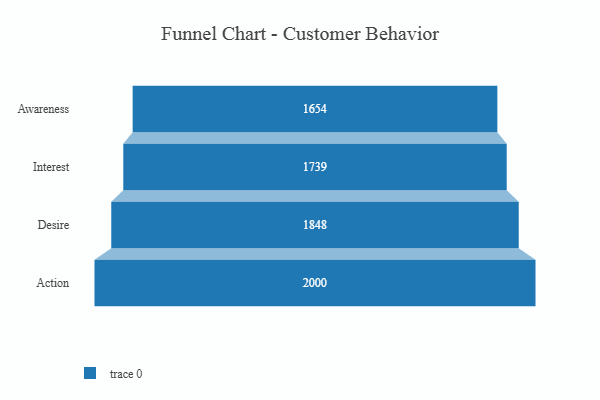
{"axis": {"x": "Stage", "y": "Value"}, "legend": [""], "data": [{"x": "Awareness", "y": 1654.0, "type": ""}, {"x": "Interest", "y": 1739.0, "type": ""}, {"x": "Desire", "y": 1848.0, "type": ""}, {"x": "Action", "y": 2000, "type": ""}]}